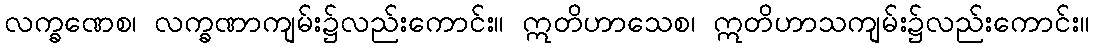
လက္ခဏေစ၊ လက္ခဏာကျမ်း၌လည်းကောင်း။ ဣတိဟာသေစ၊ ဣတိဟာသကျမ်း၌လည်းကောင်း။